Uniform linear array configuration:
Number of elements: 32
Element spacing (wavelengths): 1
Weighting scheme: uniform
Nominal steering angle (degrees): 60
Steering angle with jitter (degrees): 60.624
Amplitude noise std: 0.05
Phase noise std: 0.05

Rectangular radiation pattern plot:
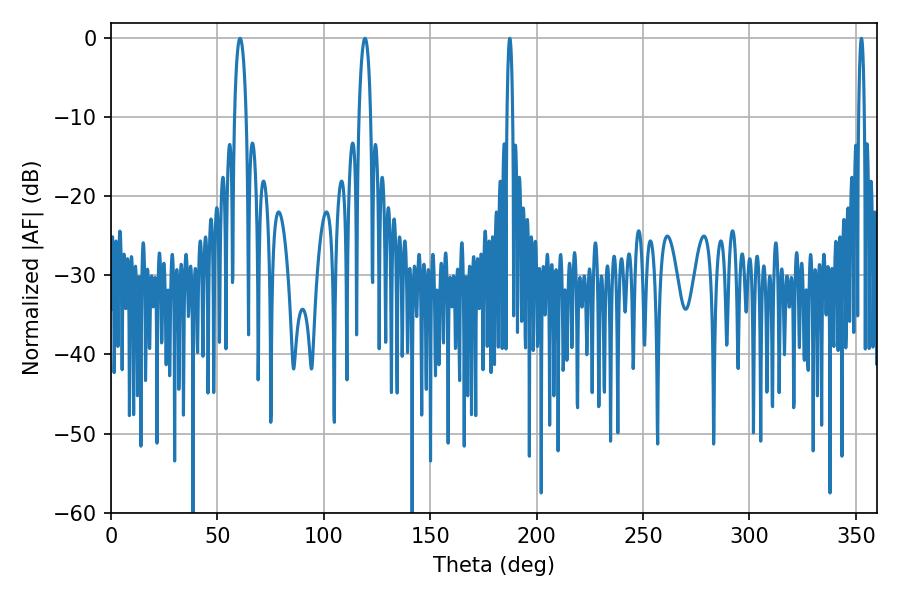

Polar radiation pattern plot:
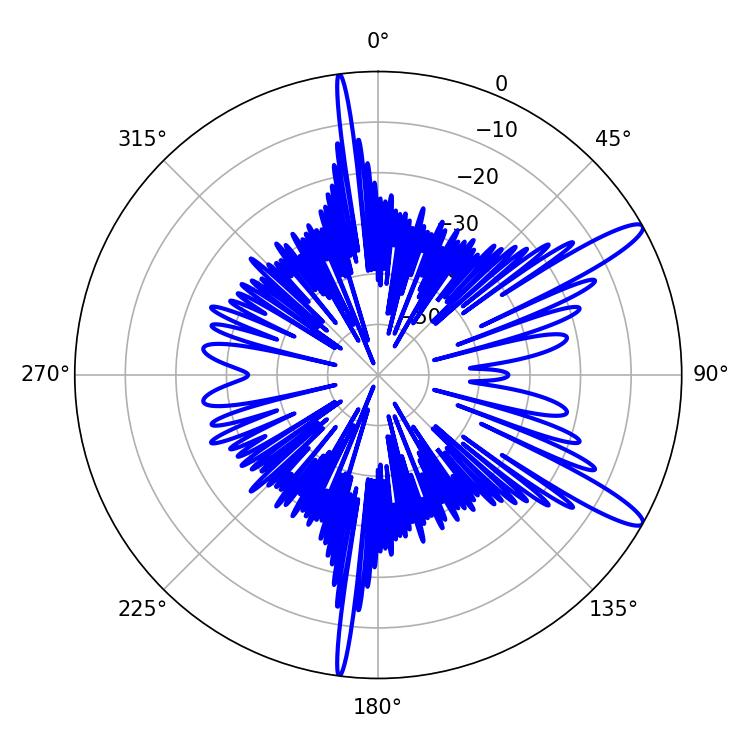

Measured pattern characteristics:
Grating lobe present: TRUE
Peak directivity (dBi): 12.968
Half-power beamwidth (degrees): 1.44
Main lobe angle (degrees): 187.38